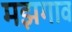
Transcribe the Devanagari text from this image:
मझगाव